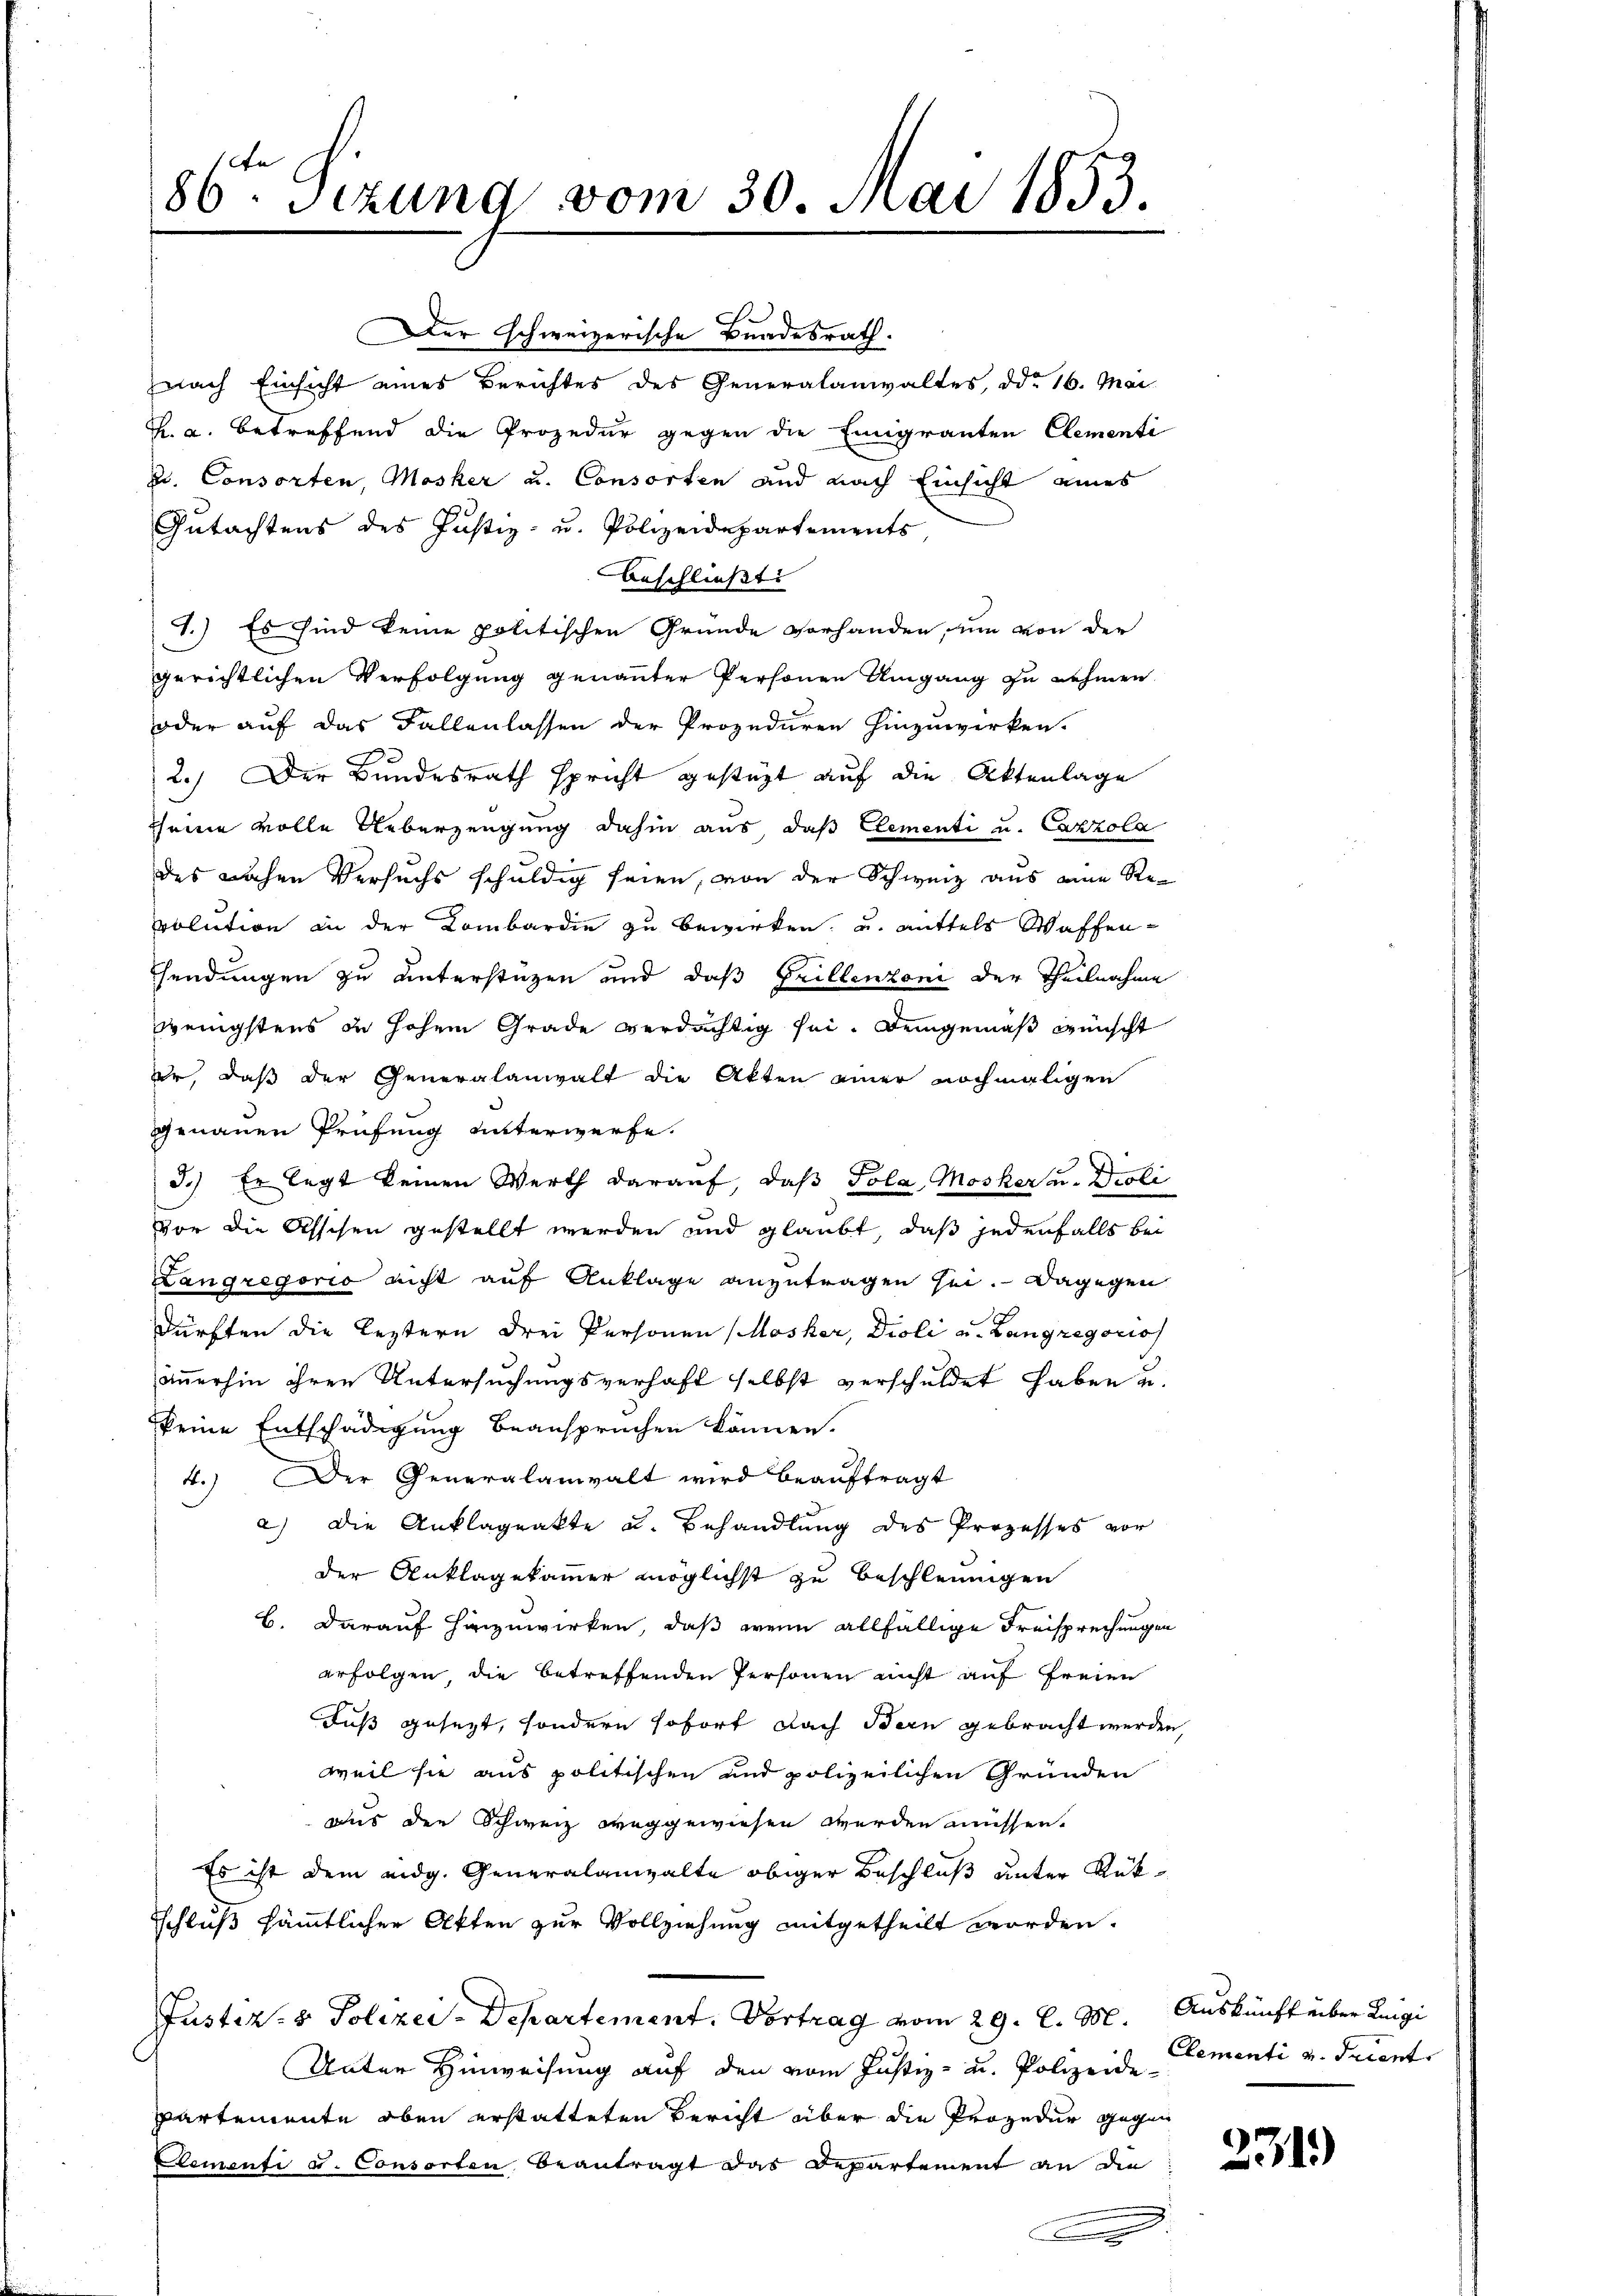
86 Sizung vom 30. Mai 1853.

Der schweizerische Bundesrath.
nach Einsicht eines Berichtes des Generalanwaltes, ddo 16. Mai
K. u. betreffend die Prozedur gegen die Emigranten Clementi
u. Consorten, Mosker u. Consorten und nach Einsicht eines
Gutachtens des Justiz- u. Polizeidepartements,
Beschließt:
1.) Es sind keine politischen Grunde vorhanden, um von der
gerichtlichen Verfolgung genannter Personen Umgang zu nehmen.
oder auf das Fallenlassen der Prozeduren hinzuwirken.
2.) Der Bundesrath spricht gestüzt auf die Aktenlage
seine volle Ueberzeugung dahin aus das Elementi u. Cazzola
des Lachen Versuchs schuldig seien, von der Schweiz aus eine Revolution in der Kombardie zu bewirken, u. mittels Waffensendungen zu unterstüzen und daß Grillenzoni der Theilnahme
wenigstens zu hohem Grade verdächtig sei. Demgemäß wünscht
er, daß der Generalanwalt die Akten einer nochmaligen
genauen Prüfung unterwerfe.
J.) Er legt keinen Werth darauf, daß Tola Mosker u. Droli
vor die Asschen gestellt werden und glaubt, daß jedenfalls bei
Langregorio nicht auf Anklage anzutragen sei. Dagegen
dürften die leztern drei Personen Mosker, Dioli u. Langregoris
immerhin ihren Untersuchungsverhaft selbst verschuldet haben u.
keine Entschädigung beanspruchen können.
4.) Der Generalanwalt wird beauftragt
a) Die Anklageakte u. Behandlung des Prozesses vor
der Anklagekammer möglichst zu beschleunigen
B. darauf hinzuwirken, daß wenn allfällige Freisprechungen
erfolgen, die betreffenden Personen nicht auf freien
Fuß gesezt, sondern sofort Nach Bern gebracht werden,
weil sie aus politischen und polizeilichen Gründen
aus den Schweiz weggewiesen werden müssen.
Es ist dem eidg. Generalanwalte obiger Beschluß unter Rük¬
Schluß sämmtlicher Akten zur Vollziehung mitgetheilt worden.
Justiz- & Polizei-Departement. Vortrag vom 29. l. M. Auskunft über Regi
Unter Hinweisung auf den vom Justiz- u. Polizeide Elementi v. Trient
Partemente oben erstatteten Bericht über die Prozedur gegen
Clementi u. Consorten, beantragt das Departement an die Bes